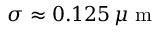
\sigma \approx 0 . 1 2 5 \, \mu \mathrm { ~ m ~ }